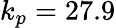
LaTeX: k_{p}=27.9